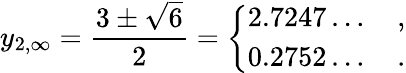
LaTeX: y_{2,\infty}=\frac{3\pm\sqrt{6}}{2}=\left\{ \begin{array}{l}{{2.7247\dots\quad,}}\\ {{0.2752\dots\quad.}}\end{array}\right.